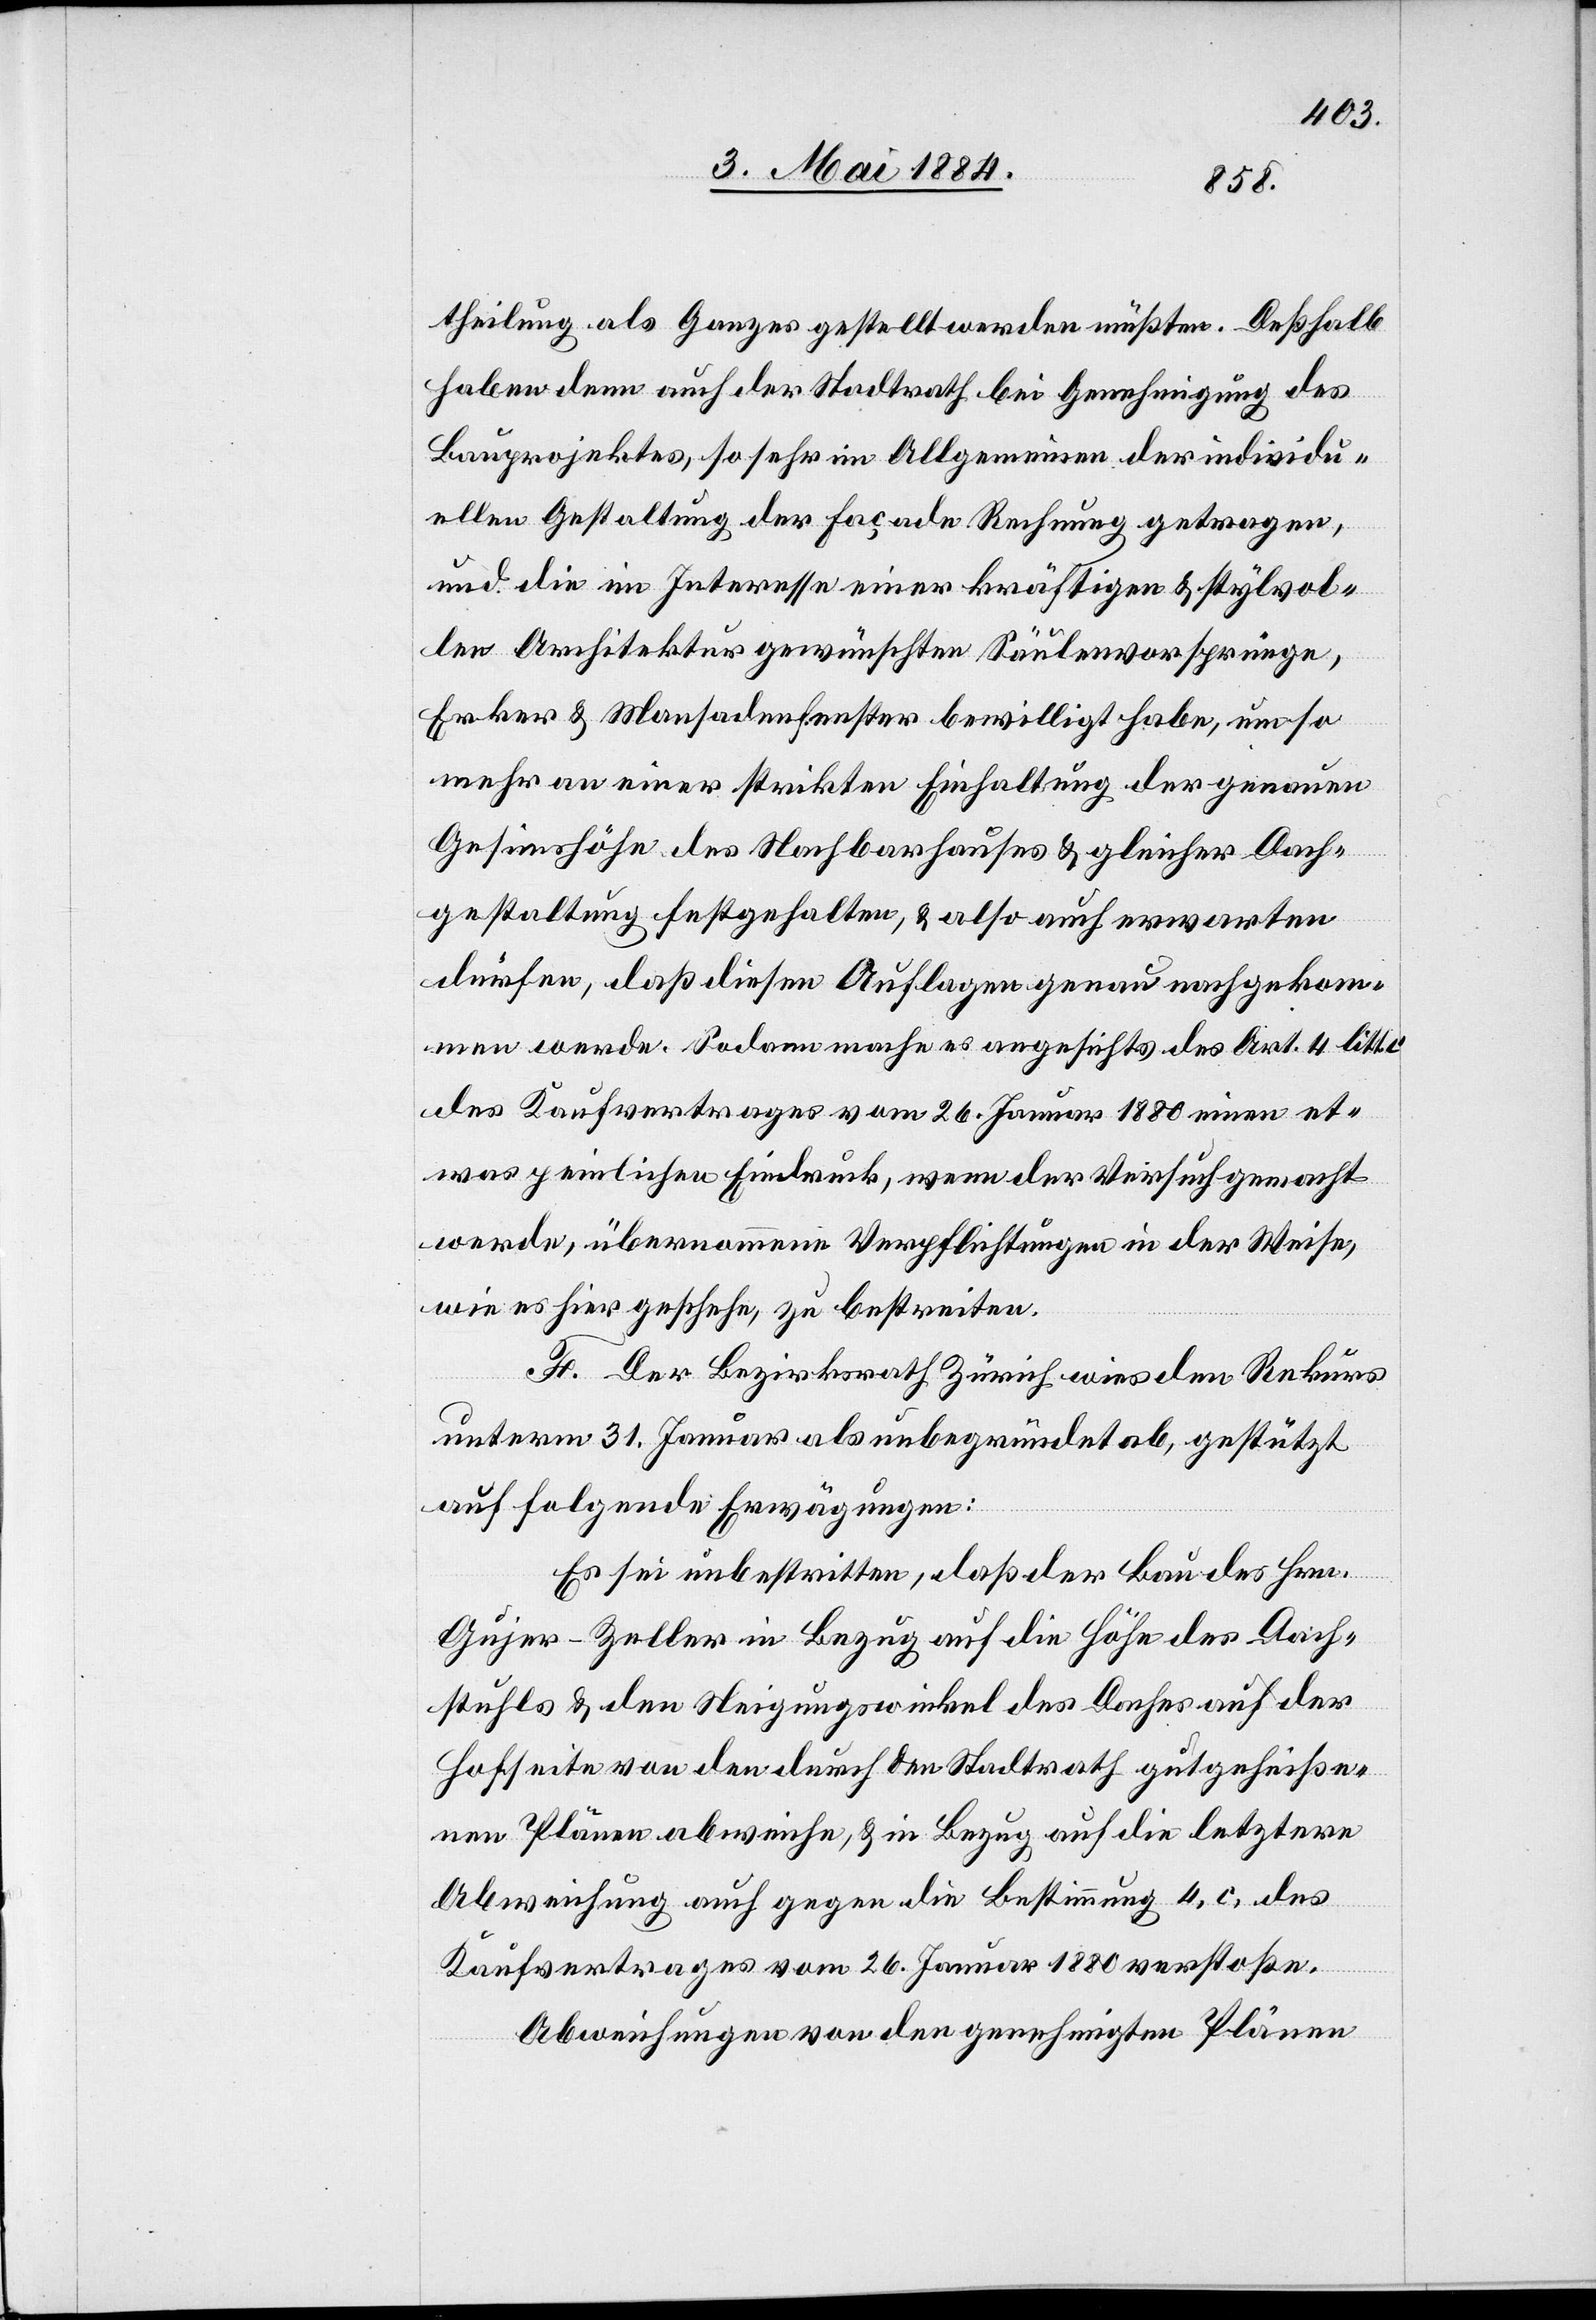
theilung als Ganzes gestellt werden müßten. Deßhalb
haben denn auch der Stadtrath bei Genehmigung des
Bauprojektes, so sehr im Allgemeinen der individu¬
ellen Gestaltung der Façade Rechnung getragen,
und die im Interesse einer kräftigen & stylvol¬
len Architektur gewünschten Säulenvorsprünge,
Erker & Mansardenfenster bewilligt habe, um so
mehr an einer strikten Einhaltung der genauen
Gesimshöfe des Nachbarhauses & gleicher Dach¬
gestaltung festgehalten, & also auch erwarten
dürfen, daß diesen Auflagen genau nachgekom¬
men werde. Sodann mache es angesichts des Art. 4 litt
des Kaufvertrages vom 26. Januar 1880 einen et¬
was peinlichen Eindruck, wenn der Versuch gemacht
werde, übernommene Verpflichtungen in der Weise,
wie es hier geschehe, zu bestreiten.
F. Der Bezirksrath Zürich wies den Rekurs
unterm 31. Januar als unbegründet ab, gestützt
auf folgende Erwägungen:
Es sei unbestritten, daß der Bau des Hrn.
Gujer-Zeller in Bezug auf die Höhe des Dach¬
stuhles & den Steigungswinkel des Daches auf der
Hofseite von den durch den Stadtrath gutgeheiße¬
nen Plänen abweiche, & in Bezug auf die letztere
Abweichung auch gegen die Bestimmung 4, c, des
Kaufvertrages vom 26. Januar 1880 verstoße.
Abweichungen von den genehmigten Plänen